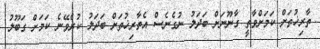
ތާރިޚުތަށް ކަމަށްވާތީ ގާނޫނަށް ބަދަލު ނުގެނެސް އެތާރިޚުތަށް ބަދަލު ކުރެވޭނެ ކަމަށް ގަބޫލު